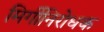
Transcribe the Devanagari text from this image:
मिर्गीनिरोधक